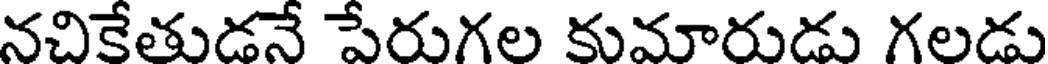
నచికేతుడనే పేరుగల కుమారుడు గలడు